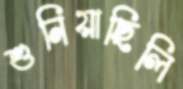
শুনিয়াছিলি